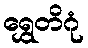
ရွှေတိဂုံ